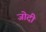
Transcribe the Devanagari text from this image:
जोदी